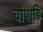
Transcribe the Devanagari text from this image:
चौपाड़ि